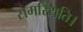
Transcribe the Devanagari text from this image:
समस्थिति।